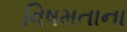
વિષમતાના